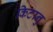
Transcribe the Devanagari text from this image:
किटानु